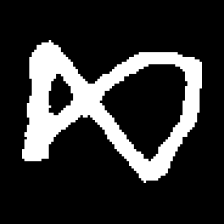
Pyu character \u2014 Myanmar letter: ဆ (romanized: cha)